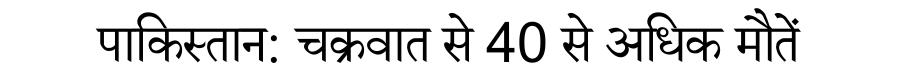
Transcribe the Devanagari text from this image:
पाकिस्तान: चक्रवात से 40 से अधिक मौतें